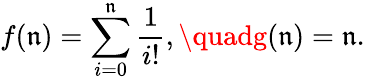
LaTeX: f(\mathfrak{n})=\sum_{i=0}^{\mathfrak{n}}{\frac{{1}}{{i!}}},\quadg(\mathfrak{n})=\mathfrak{n}.